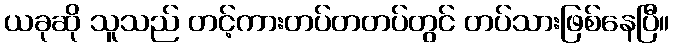
ယခုဆို သူသည် တင့်ကားတပ်တတပ်တွင် တပ်သားဖြစ်နေပြီ။